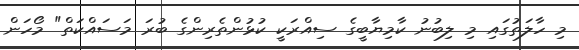
މި ހާލަތުގައި މި ލިބުނު ކާމިޔާބީގެ ސިއްރަކީ ކުޅުންތެރިންގެ ބުރަ މަސައްކަތް" މޯހަން